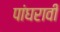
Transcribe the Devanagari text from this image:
पांघरावी